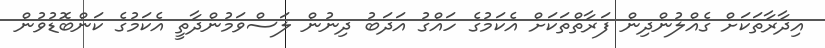
އިދާރާތަކަށް ގެއްލުންދިން ފަރާތްތަކަށް އެކަމުގެ ހައްގު އަދަބު ދިނުން ލަސްވަމުންދާތީ އެކަމުގެ ކަންބޮޑުވުން